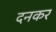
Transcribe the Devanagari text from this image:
दनकर